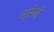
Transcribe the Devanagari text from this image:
श्रेणीं